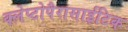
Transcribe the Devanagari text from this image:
क्लेप्टोपैरासाईटिक